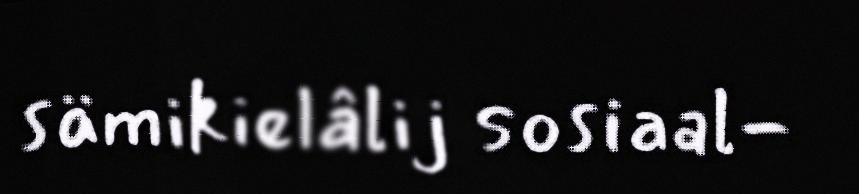
sämikielâlij sosiaal-